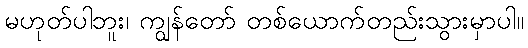
မဟုတ်ပါဘူး၊ ကျွန်တော် တစ်ယောက်တည်းသွားမှာပါ။